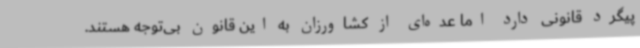
پیگرد قانونی دارد اما عده‌ای از کشاورزان به این قانون بی‌توجه هستند.